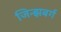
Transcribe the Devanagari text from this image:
जिन्झबर्ग